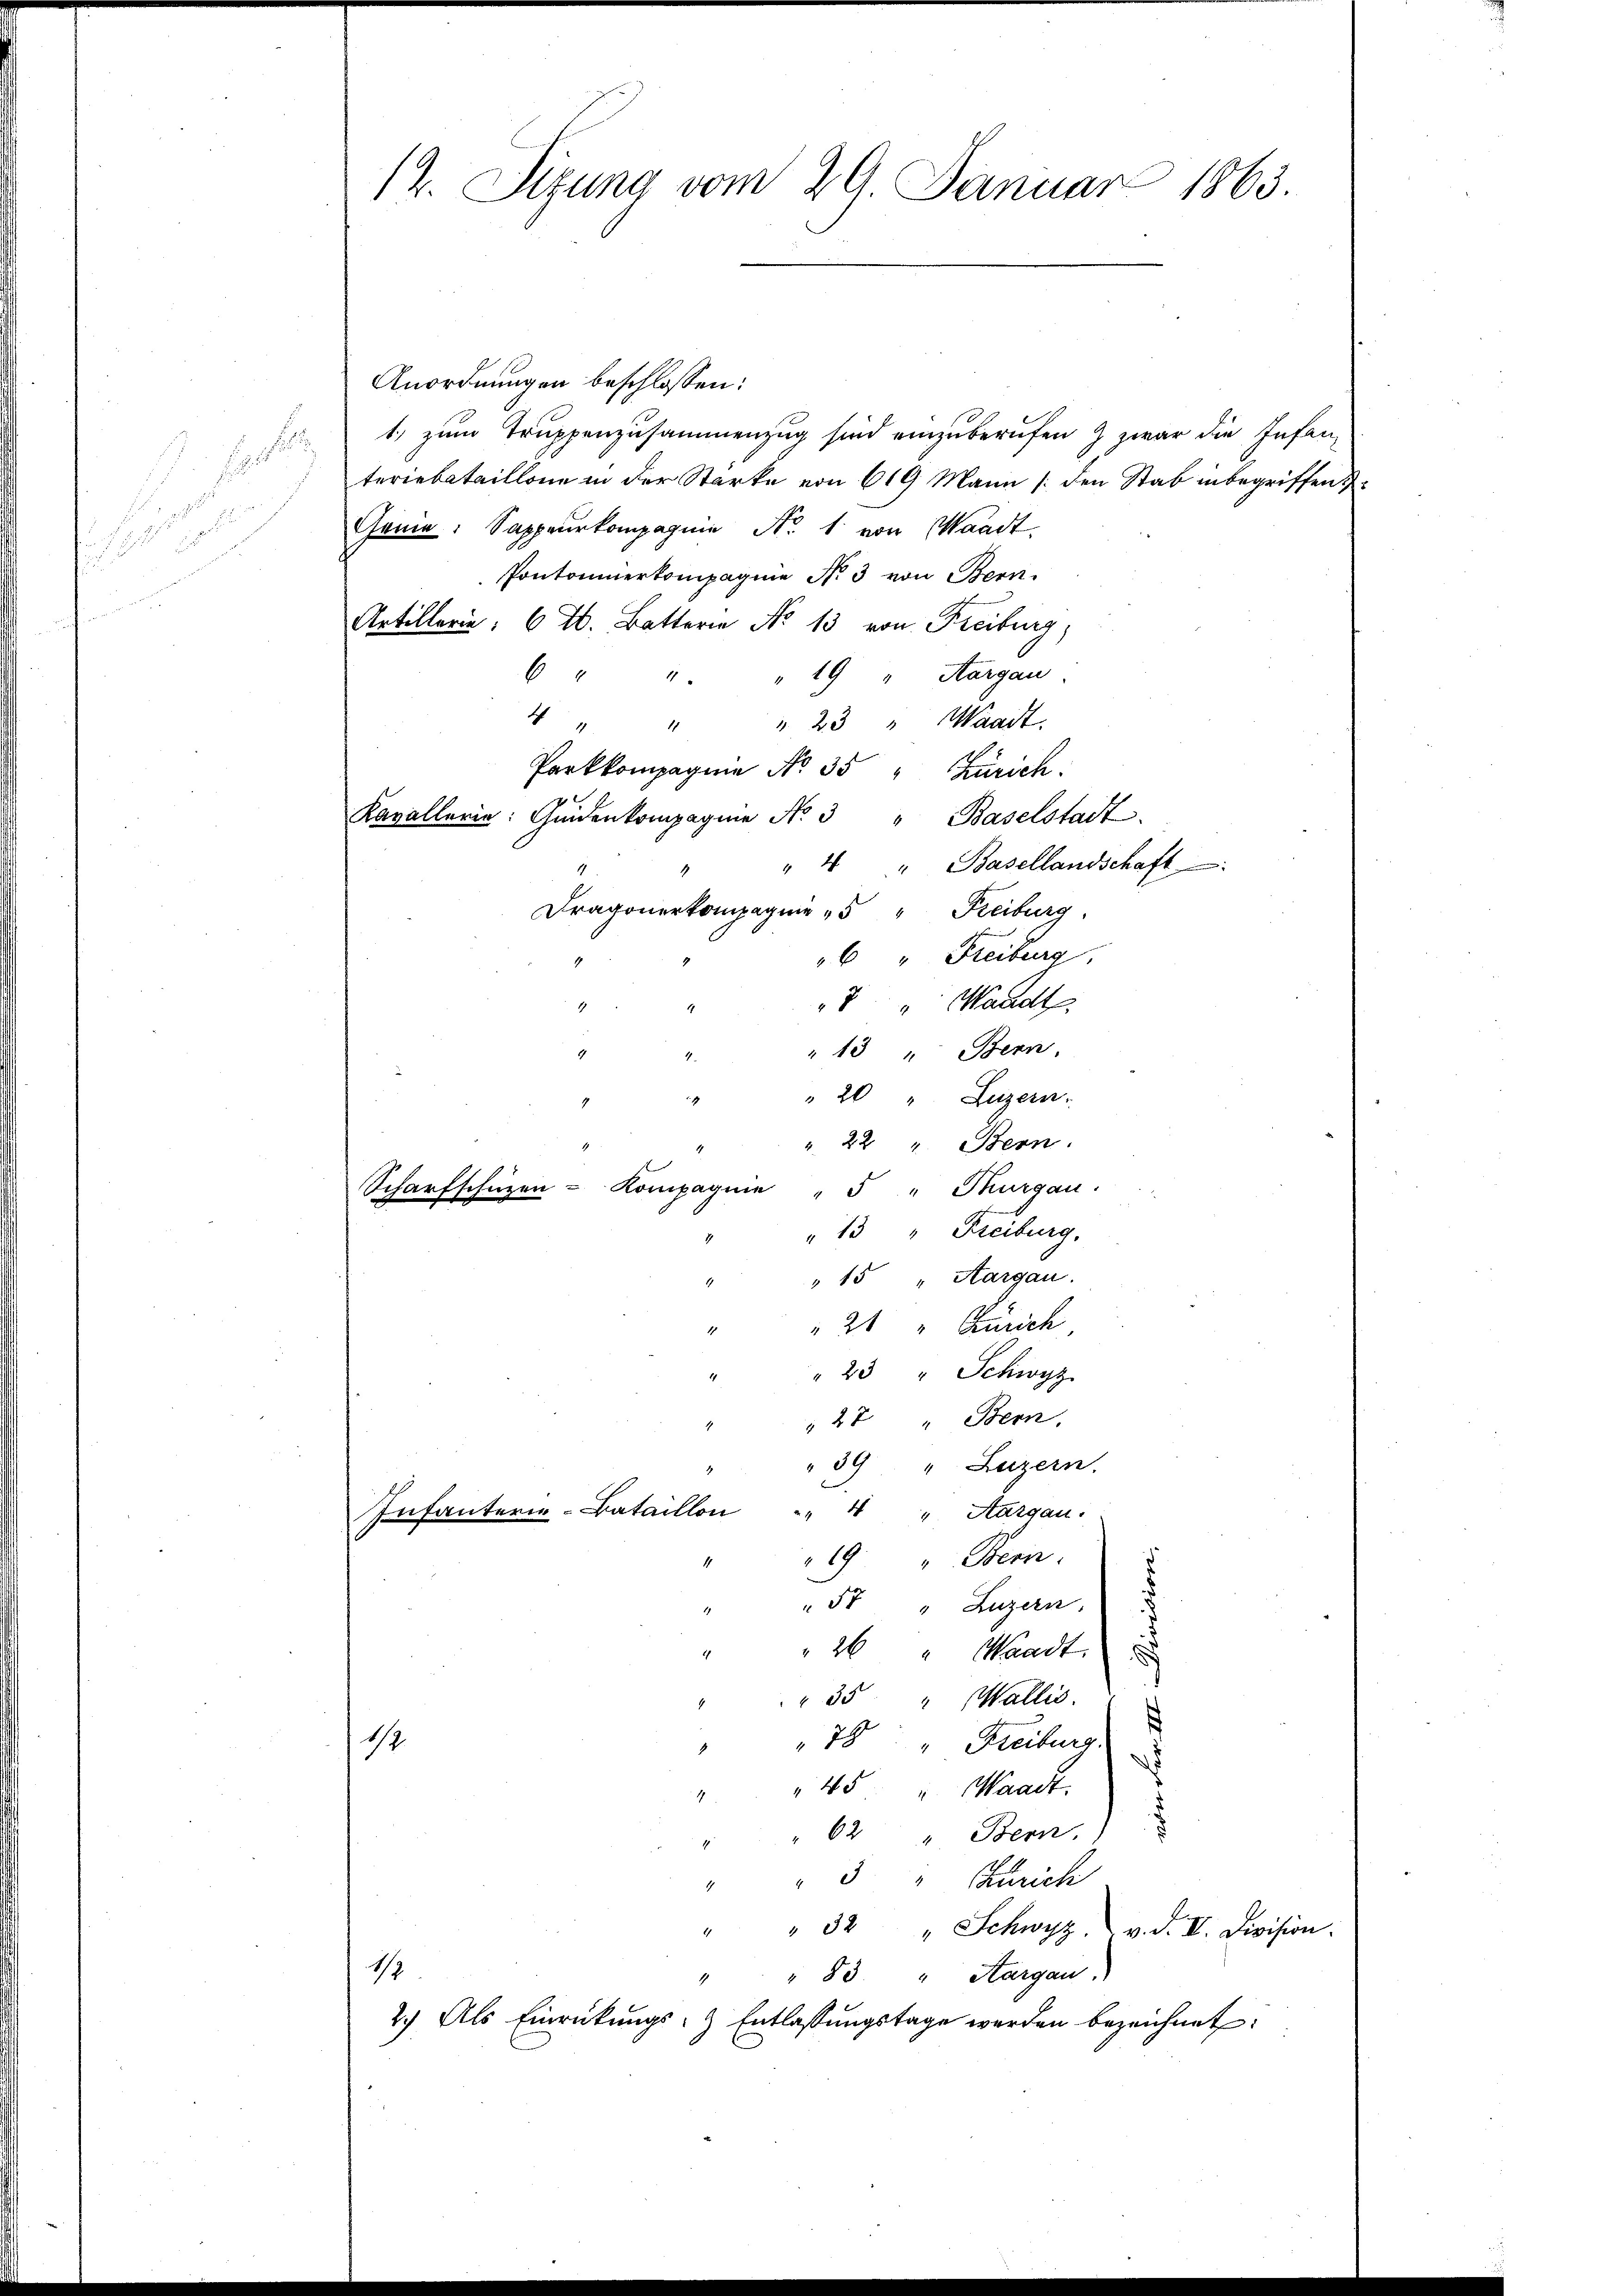
e

12. Sizung vom 29. Januar 1863.

Anordnungen beschlossen:
1 zum Truppenzusammenzug sind einzuberufen & zwar die Infanteriebataillone in der Starke von 619 Mann (den Stab inbegriffen.
Cania: Sappeurkompagnie No. 1 von Waadt.
Pontonierkompagnie No 3 von Bern.
Artillerie: 6. Batter No 13 von Freiburg,
6 " " " 19 " Aargau.
4
" 23 " Waadt.
1
Parkkompagnie No. 35 " Zürich
Kavallerin: Gedenkompagnie No 3 " Baselstadt
" 4 " Basellandschaft
Dragonerkompagnie " " Freiburg
6 " Freiburg,
4
8 " Waadt
" 13 " Bern,
" 20 " Luzern.
". 22 " Stern.
2
Scharfschüzen - Kompagnie " 5 " Thurgau.
" 13 " Freiburg.
" 15 " Aargau.
21 " Zürich
" 23 " Schwyz
27 " Bern,
39 " Luzern.
1
Infanterie-Bataillon " " 4 " Aargau.
19 " Bern.
.
57 " Luzern.
26 " Waadt.
35 " Wallis.
78 " " Freiburg.
1
45 " Waadt.
62 " Bern.)
5 " Zürich
" " 32 " Schwyz v. d. II. Division:
17
" " 83. " Aargau.
2.) Als Einrückungs- & Entlassŭngstage werden bezeichnet: